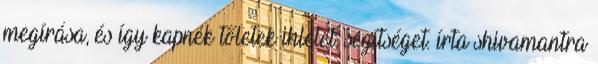
megírása, és így kapnék tőletek ihletet, segítséget. írta shivamantra